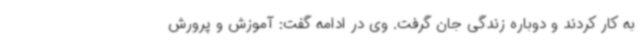
به کار کردند و دوباره زندگی جان گرفت. وی در ادامه گفت: آموزش و پرورش